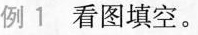
例1看图填空。